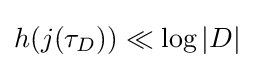
h(j(\tau _{D}))\ll \log |D|